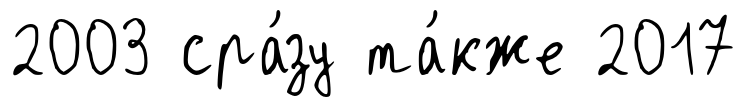
2003 сра́зу та́кже 2017